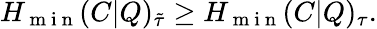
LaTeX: H_{\mathrm{~m~i~n~}}(C|Q)_{\tilde{\tau}}\geq H_{\mathrm{~m~i~n~}}(C|Q)_{\tau}.